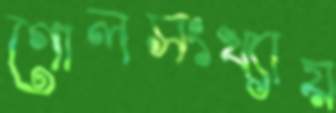
গোলসংখ্যায়